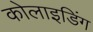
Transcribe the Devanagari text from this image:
कोलाइडिंग